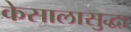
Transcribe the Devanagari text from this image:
केसालासुद्धा